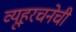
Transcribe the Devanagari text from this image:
व्यूहरचनेची